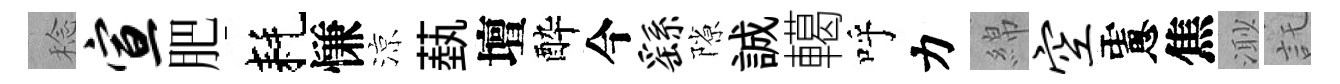
稔宣肥耗慊涼蓺壇酔今繇隙誠轕呼力綿空慮焦𣺌託